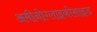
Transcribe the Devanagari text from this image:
अमीनोग्लाइकोसाइड